Investigations on Bengal jail dietaries - Number 37
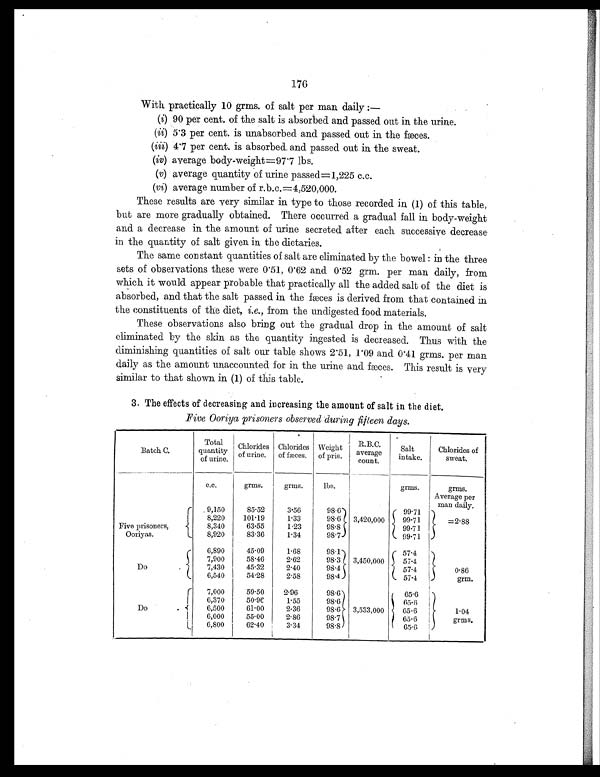
176
With practically 10 grms. of salt per man daily:—
(i) 90 per cent. of the salt is absorbed and passed out in the urine.
(ii) 5.3 per cent. is unabsorbed and passed out in the fæces.
(iii) 4.7 per cent. is absorbed and passed out in the sweat.
(iv) average body-weight=97.7 lbs.
(v) average quantity of urine passed=1,225 c.c.
(vi) average number of r.b.c.=4,520,000.
These results are very similar in type to those recorded in (1) of this table,
but are more gradually obtained. There occurred a gradual fall in body-weight
and a decrease in the amount of urine secreted after each successive decrease
in the quantity of salt given in the dietaries.
The same constant quantities of salt are eliminated by the bowel : in the three
sets of observations these were 0.51, 0.62 and. 0.52 grm. per man daily, from
which it would appear probable that practically all the added salt of the diet is
absorbed, and that the salt passed in the fæces is derived from that contained in
the constituents of the diet, i.e., from the undigested food materials.
These observations also bring out the gradual drop in the amount of salt
eliminated by the skin as the quantity ingested is decreased. Thus with the
diminishing quantities of salt our table shows 2.51, 1.09 and 0.41 grms. per man
daily as the amount unaccounted for in the urine and fæces. This result is very
similar to that shown in (1) of this table.
3. The effects of decreasing and increasing the amount of salt in the diet.
Five Ooriya prisoners observed during fifteen days.
Batch C.
Total
quantity
of urine.
Chlorides
of urine.
Chlorides
of fæces.
Weight
of pris.
R.B.C.
average count.
Salt
intake.
Chlorides of
sweat.
c.c.
grms.
grms.
lbs.
grms.
grms.
Average per
man daily.
Five prisoners,
Ooriyas.
9.150
85.52
3.56
98.6
3,420,000
99.71
=2. 88
8,220
101.19
1.33
98.6
99.71
8,340
63.55
1.23
98.8
99.71
8,920
83.36
1.34
98.7
99.71
Do
.
6,890
45.09
1.68
98.1
3,450,000
57.4
0.86
grm.
7,900
58.46
2.62
98.3
57.4
7 , 4 3 0
45.32
2.40
98.4
57.4
6,540
54.28
2.58
98.4
57.4
Do
.
7,000
59.50
2.96
98.6
3,533,000
65.6
1.04
grms.
6,370
50.96
1.55
98.6
65.6
6,500
61.00
2.36
98.6
65.6
6,000
55.00
2.86
98.7
65.6
6,800
62.40
3.34
98.8
65.6